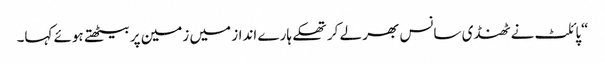
“پائلٹ نے ٹھنڈی سانس بھر لے کر تھکے ہارے انداز میں زمین پر بیٹھتے ہوئے کہا۔